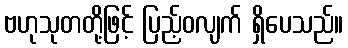
ဗဟုသုတတို့ဖြင့် ပြည့်ဝလျက် ရှိပေသည်။